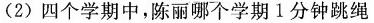
(2)四个学期中，陈丽哪个学期1分钟跳绳